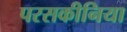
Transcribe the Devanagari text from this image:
परसकीनिया